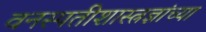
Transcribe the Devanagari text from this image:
वनस्पतीशास्त्रज्ञांच्या